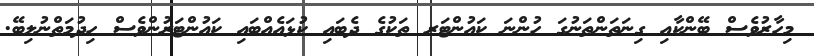
މިހާރުވެސް ބޭންކާއި ގިނަތަންތަނުގަ ހުންނަ ކައުންޓަރ ތަކުގެ ދެބައި ކުޅައެއްބައި ކައުންޓަރުންވެސް ހިދުމަތްނުލިބޭ.